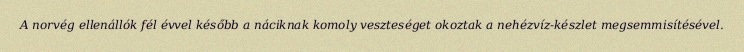
A norvég ellenállók fél évvel később a náciknak komoly veszteséget okoztak a nehézvíz-készlet megsemmisítésével.